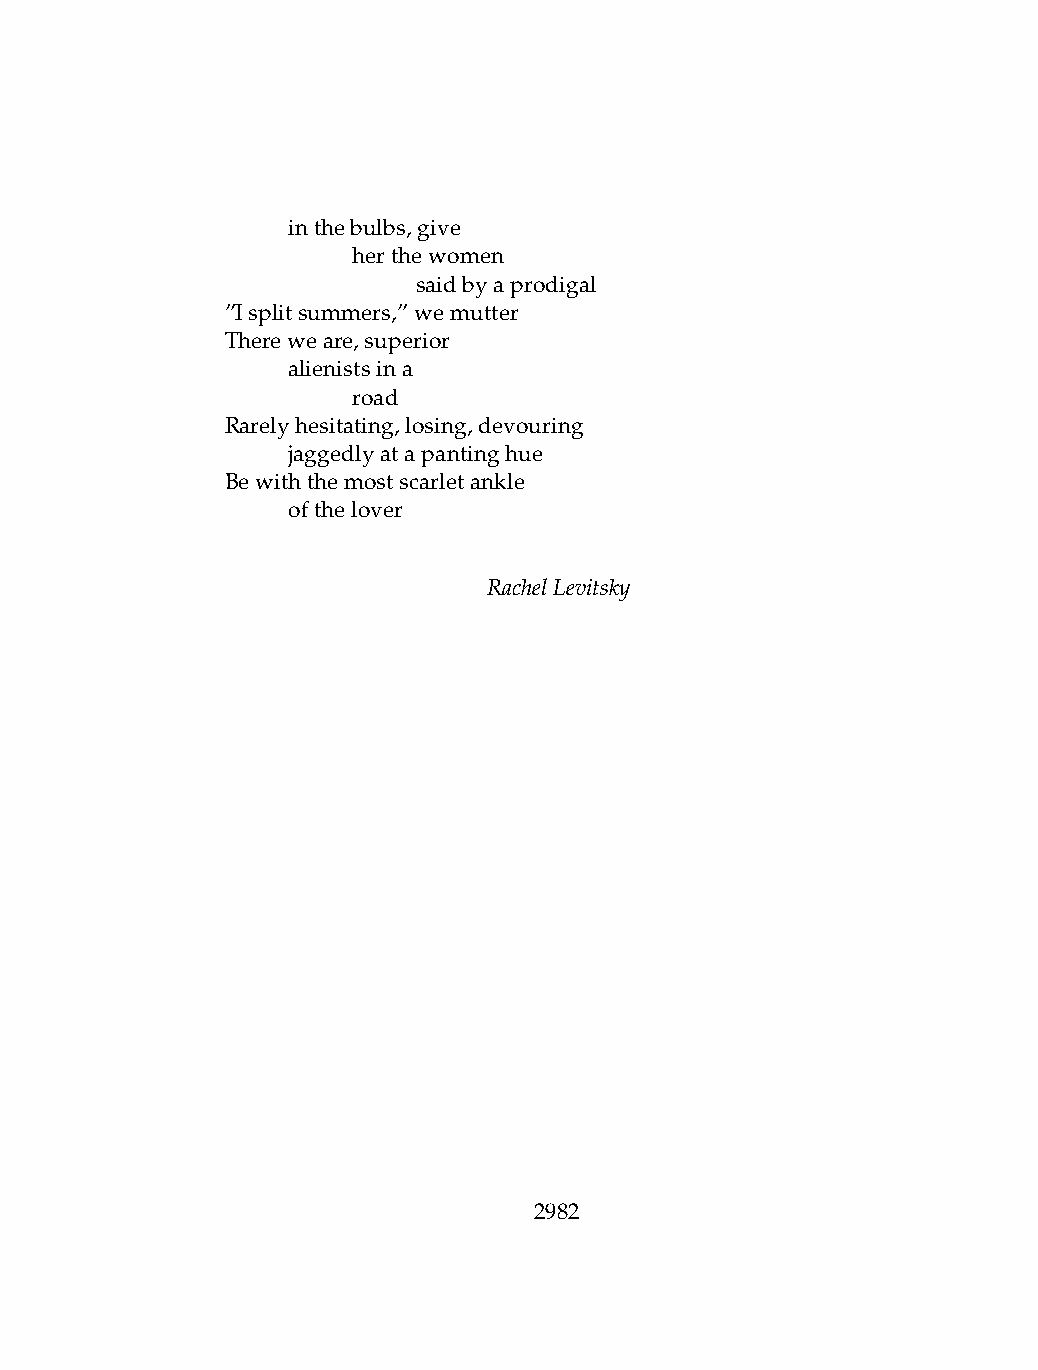
.   inthebulbs,give
 .   .   herthewomen
 .   .   .    saidbyaprodigal
 ”Isplitsummers,”wemutter
 Thereweare,superior
 .   alienistsina
 .   .   road
 Rarelyhesitating,losing,devouring
 .   jaggedlyatapantinghue
 Bewiththemostscarletankle
 .   ofthelover
 RachelLevitsky
 2982